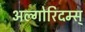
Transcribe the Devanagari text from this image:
अल्गोरिदम्स्